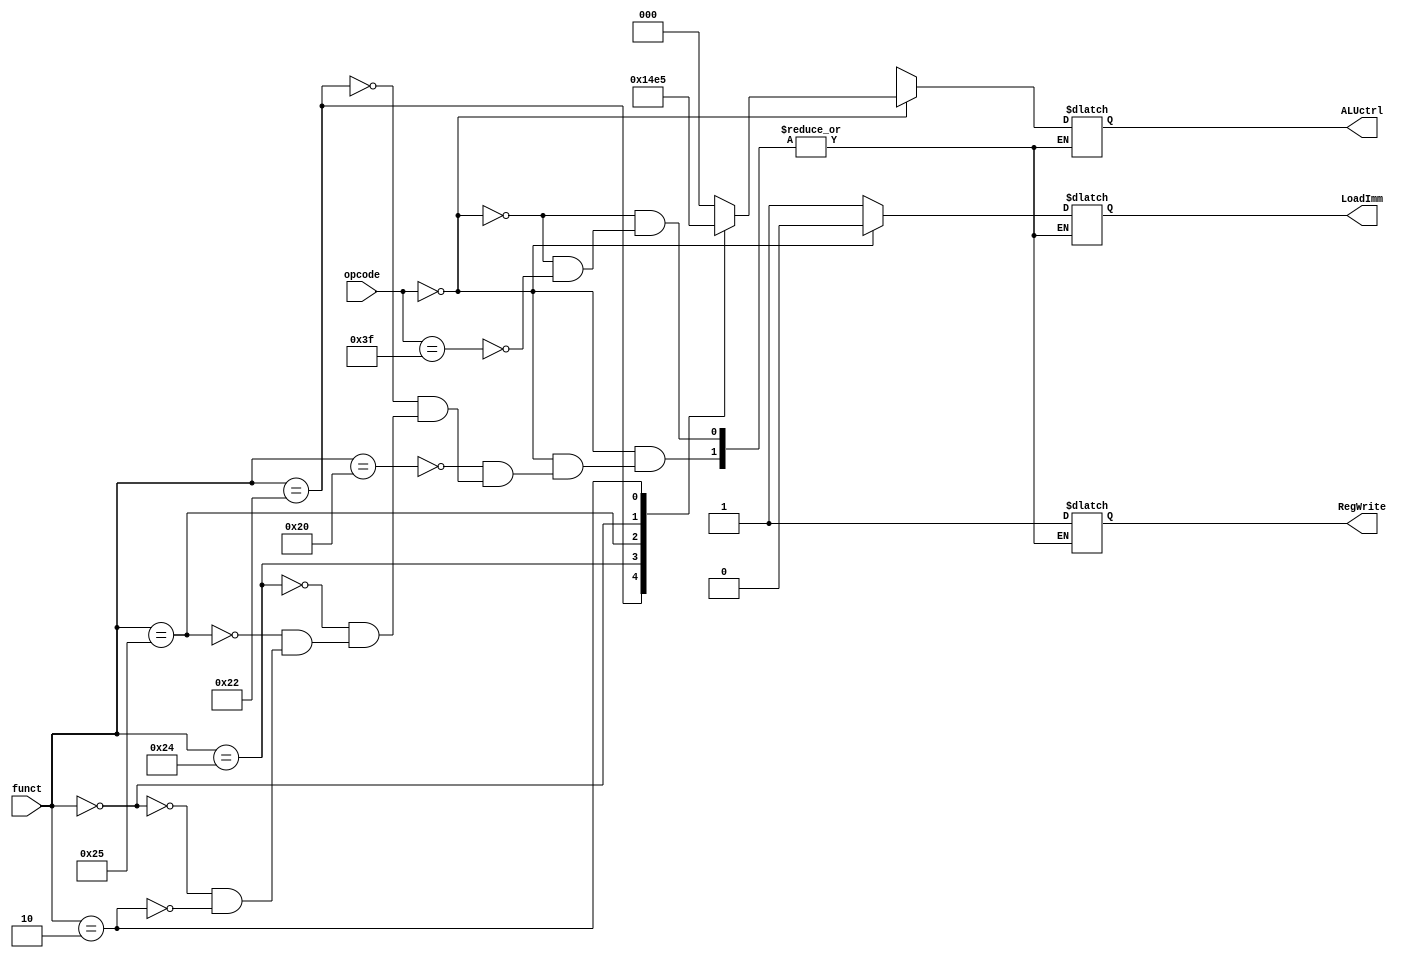
module control(input [5:0] opcode,input [5:0] funct,output reg LoadImm,output reg [2:0] ALUctrl,output reg RegWrite);
  
  always@(opcode or funct)
  begin
    if(opcode == 6'b000000)
      begin
        case (funct)
          6'h20: {LoadImm,RegWrite,ALUctrl}=5'b01000;
          
          6'h22: {LoadImm,RegWrite,ALUctrl}=5'b01001;
          6'h24: {LoadImm,RegWrite,ALUctrl}=5'b01010;
          6'h25: {LoadImm,RegWrite,ALUctrl}=5'b01011;
          6'h00: {LoadImm,RegWrite,ALUctrl}=5'b01100;
          6'h02: {LoadImm,RegWrite,ALUctrl}=5'b01101;
        endcase
      end
    else if (opcode == 6'b111111)
      {LoadImm,RegWrite,ALUctrl}=5'b11xxx;
    
          
  end
endmodule